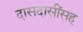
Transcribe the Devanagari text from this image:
दासदासींसह